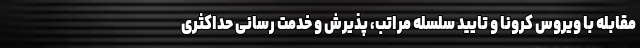
مقابله با ویروس کرونا و تایید سلسله مراتب، پذیرش و خدمت رسانی حداکثری